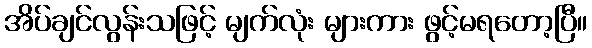
အိပ်ချင်လွန်းသဖြင့် မျက်လုံး များကား ဖွင့်မရတော့ပြီ။